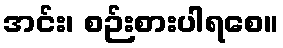
အင်း၊ စဉ်းစားပါရစေ။